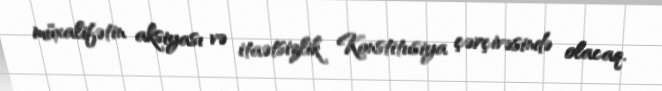
müxalifətin aksiyası və itaətsizlik Konstitusiya çərçivəsində olacaq.